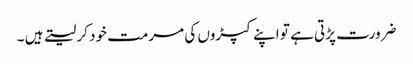
ضرورت پڑتی ہے تو اپنے کپڑوں کی مرمت خود کر لیتے ہیں ۔